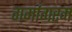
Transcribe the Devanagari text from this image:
गर्मागरम